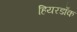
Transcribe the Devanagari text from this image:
हियरडॉक